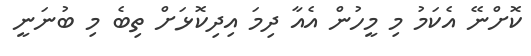
ކޮށްނޭ އެކަމު މި މީހުން އެއާ ދިމަ އިދިކޮޅަށް ތިބެ މި ބުނަނީ